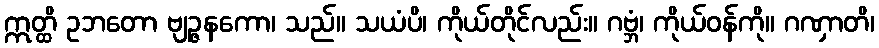
ဣတ္ထိ ဥဘတော ဗျဉ္ဇနကော၊ သည်။ သယံပိ၊ ကိုယ်တိုင်လည်း။ ဂဗ္ဘံ၊ ကိုယ်ဝန်ကို။ ဂဏှာတိ၊